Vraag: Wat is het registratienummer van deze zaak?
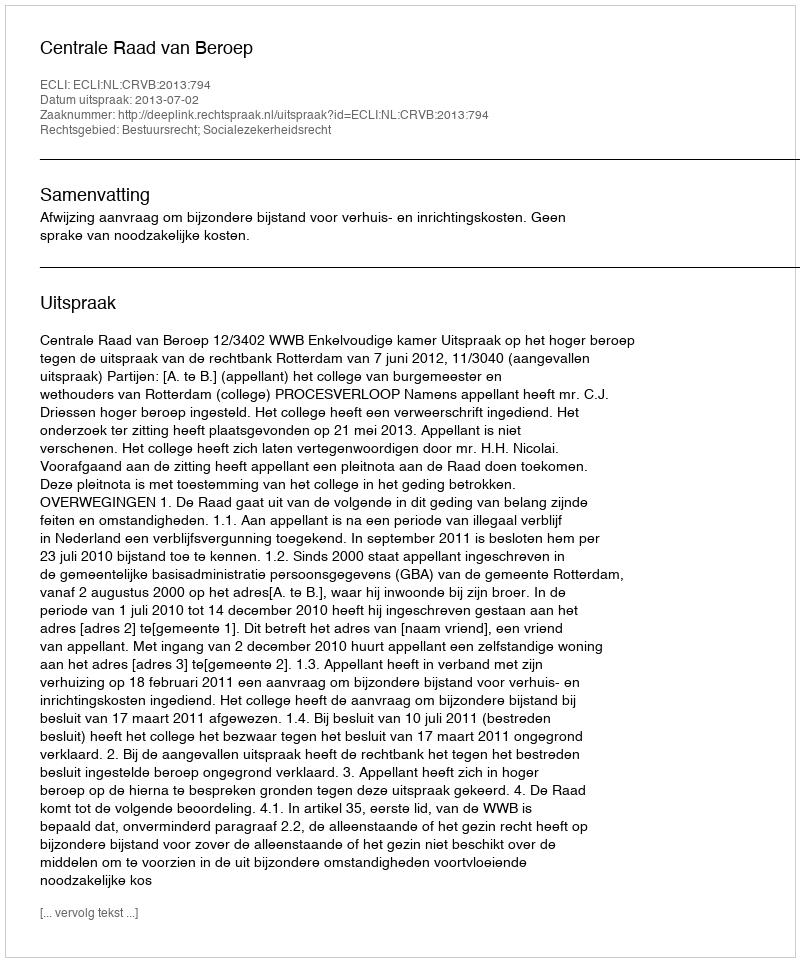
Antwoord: http://deeplink.rechtspraak.nl/uitspraak?id=ECLI:NL:CRVB:2013:794